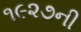
૧૯૨૭ની